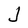
Character: J